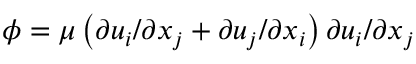
\phi = \mu \left( \partial u _ { i } / \partial x _ { j } + \partial u _ { j } / \partial x _ { i } \right) \partial u _ { i } / \partial x _ { j }